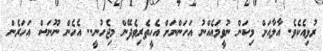
ރުޅިއެކެވެ. އާލާއަށް މިކަން ނުވީމައެއްނު އަހަންނަށް އެހީތެރިވެދޭން މިޖެހުނީ.. އެހެން ނޫނަސް އަހަރެން